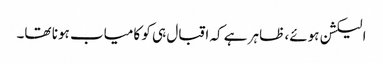
الیکشن ہوئے، ظاہر ہے کہ اقبال ہی کو کامیاب ہونا تھا۔